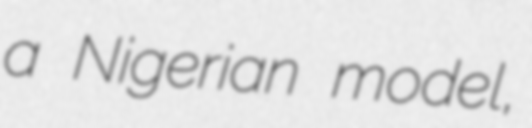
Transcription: a Nigerian model,